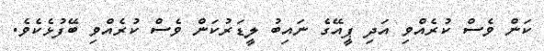
ކަން ވެސް ކުރެއްވި އަދި ޕީއޭގެ ނައިބު ލީޑަރުކަން ވެސް ކުރެއްވި ބޭފުޅެކެވެ.